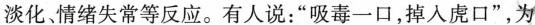
淡化情绪失常等反应。有人说：”吸毒一口，掉入虎口”，为